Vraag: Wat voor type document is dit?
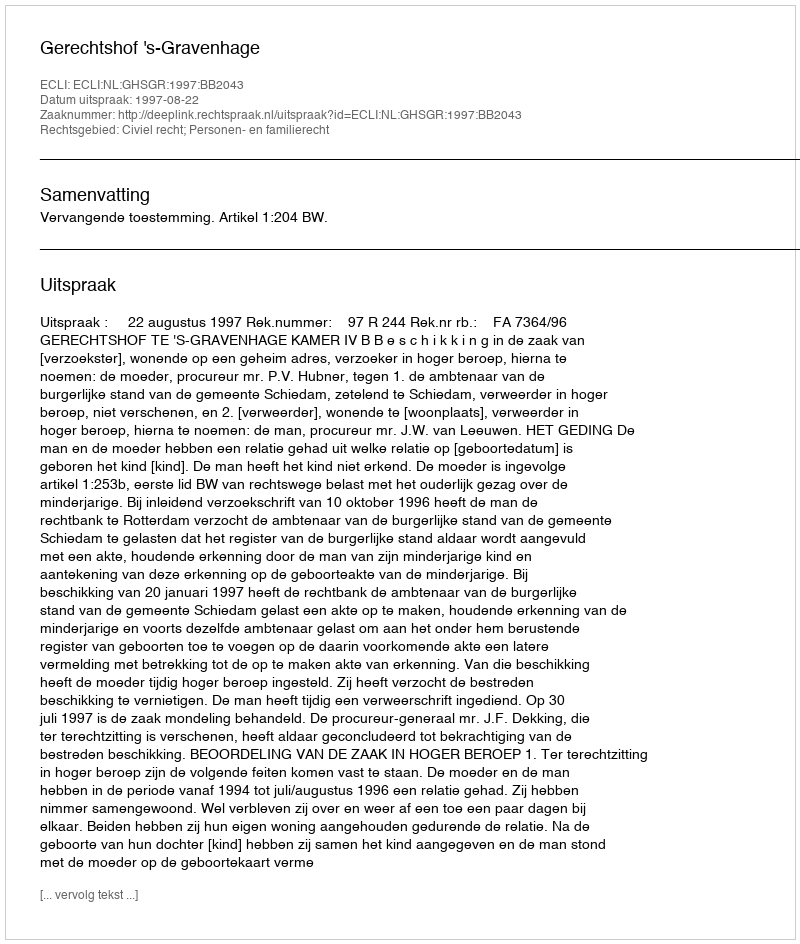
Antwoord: Uitspraak